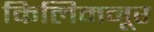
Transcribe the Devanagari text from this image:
किलिमनूर